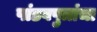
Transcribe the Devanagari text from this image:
पांडवपुत्रांचा